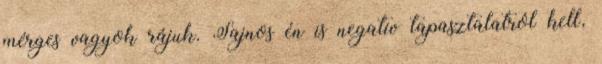
mérges vagyok rájuk. Sajnos én is negatív tapasztalatról kell,